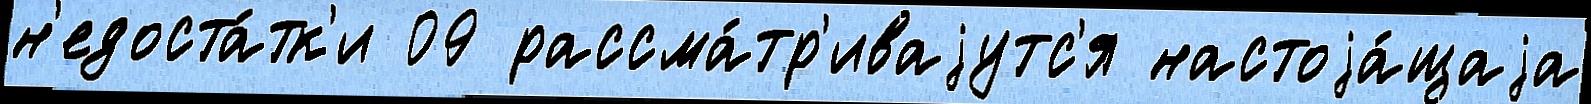
н'едоста́тк'и 09 рассма́тр'иваjутс'я настоjа́щаjа